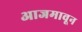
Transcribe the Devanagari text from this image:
आजमावून